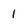
Character: 1